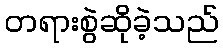
တရားစွဲဆိုခဲ့သည်